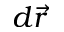
d \vec { r }